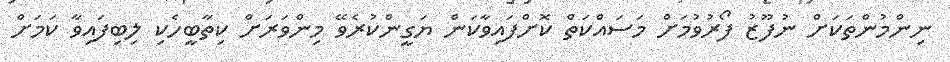
ނިންމުންތަކަށް ނުފޫޒު ފޯރުވުމަށް މަސައްކަތް ކޮށްފައިވާކަން ޔަގީންކުރެވޭ މިންވަރަށް ކިތާބީހެކި ލިބިފައިވާ ކަމަށް